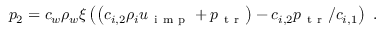
p _ { 2 } = c _ { w } \rho _ { w } \xi \left( \left( c _ { i , 2 } \rho _ { i } u _ { \mathrm { ~ i ~ m ~ p ~ } } + p _ { \mathrm { ~ t ~ r ~ } } \right) - c _ { i , 2 } p _ { \mathrm { ~ t ~ r ~ } } / c _ { i , 1 } \right) \ .